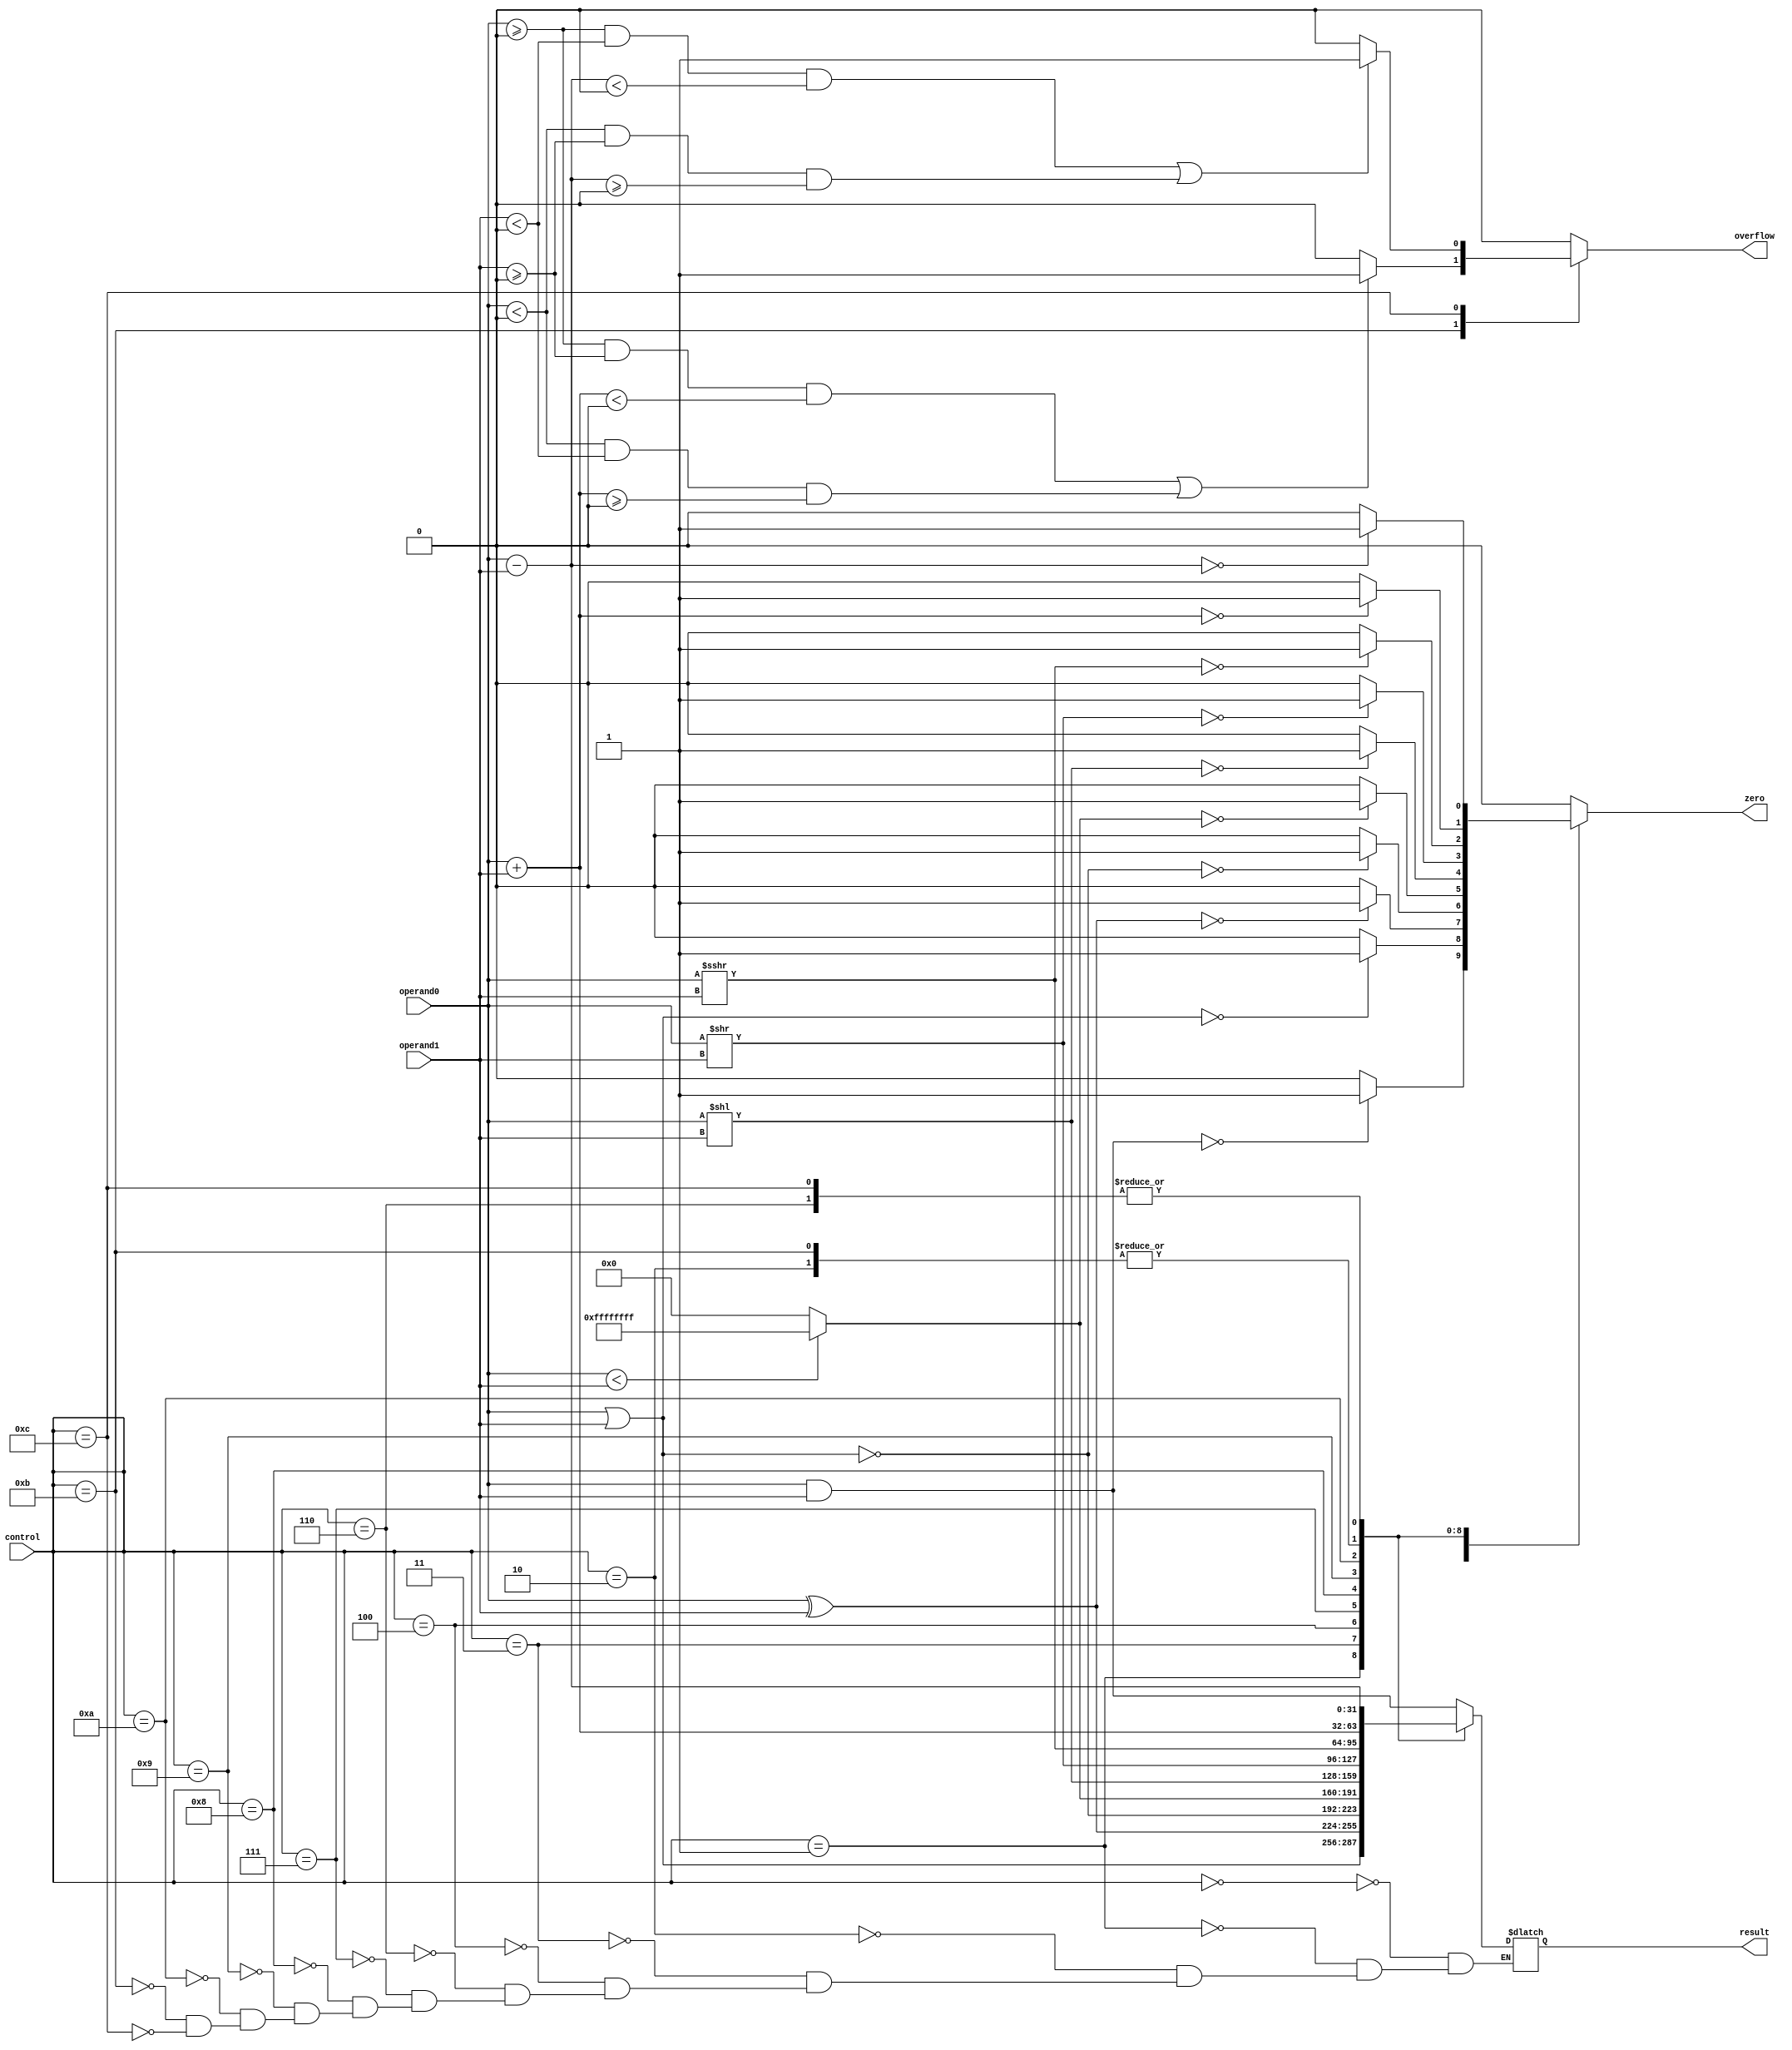
`timescale 1ns / 1ps
///////////////////////////////////////////////////////////////////////////////////////////////////////////////////////
// Company:			Pennsylvania State University
//					
//
// Design Name: 	ALU
// Module Name:     arithmetic_logic_unit
// Project Name:	Processor
// Target Devices: 	N/A
// Tool versions:	N/A
// Description:		Describes an ALU
//
// Dependencies:	N/A
//
// Revision:		N/A
//
//
// Additional Comments: N/A
//
///////////////////////////////////////////////////////////////////////////////////////////////////////////////////////

module arithmetic_logic_unit

(
    control,	//specifies the alu operation
    operand0, 	//first operand
    operand1, 	//second operand
    result, 	//alu result
	overflow,	//overflow flag (underflow as well)
    zero 		//zero flag
);

    //--------------------------
	// Parameters
	//--------------------------	
	
    //--------------------------
	// Input Ports
	//--------------------------
	// < Enter Input Ports  >
    input 		[3:0]	control;
	input 		[31:0] 	operand0; 
	input		[31:0]	operand1;
	
    //--------------------------
    // Output Ports
    //--------------------------
    // < Enter Output Ports  >	
    output 	[31:0] 	result; 
	output			overflow;
	output			zero;
	
    //--------------------------
    // Bidirectional Ports
    //--------------------------
    // < Enter Bidirectional Ports in Alphabetical Order >
    // None
      
    ///////////////////////////////////////////////////////////////////
    // Begin Design
    ///////////////////////////////////////////////////////////////////
    //-------------------------------------------------
    // Signal Declarations: local params
    //-------------------------------------------------
   
    //-------------------------------------------------
    // Signal Declarations: reg
    //------------------------------------------------- 
    reg [31:0]	result;
	reg 		overflow;
	reg 		zero;
	
    //-------------------------------------------------
    // Signal Declarations: wire
    //-------------------------------------------------
		
	//---------------------------------------------------------------
	// Instantiations
	//---------------------------------------------------------------
	// None

	//---------------------------------------------------------------
	// Combinatorial Logic
	//---------------------------------------------------------------
	always @(control)
	begin
	
		case (control)
			4'b0000 : // AND
				begin
					result 		= operand0 & operand1;
					overflow 	= 0;
					zero		= (result == 0) ? 1 : 0;
				end	
			4'b0001: // OR
				begin
					result 		= operand0 | operand1;
					overflow 	= 0;
					zero		= (result == 0) ? 1 : 0;
				end	
			4'b0010: // add
				begin
					result 		= operand0 + operand1;
					overflow 	= 0;
					zero		= (result == 0) ? 1 : 0;
				end
			4'b0011: // XOR
				begin
					result 		= operand0 ^ operand1;
					overflow 	= 0;
					zero		= (result == 0) ? 1 : 0;
				end
			4'b0100: // NOR
				begin
					result 		= ~(operand0 | operand1);
					overflow 	= 0;
					zero		= (result == 0) ? 1 : 0;
				end
			4'b0110: // Subtract
				begin
					result 		= operand0 - operand1;
					overflow 	= 0;
					zero		= (result == 0) ? 1 : 0;
				end
			4'b0111: // set on less than
				begin
					result 		= (operand0 < operand1) ? -1 : 0;
					overflow 	= 0;
					zero		= (result == 0) ? 1 : 0;
				end
			4'b1000: // shift left
				begin
					result 		= operand0 << operand1;
					overflow 	= 0;
					zero		= (result == 0) ? 1 : 0;
				end
			4'b1001: // shift right
				begin
					result 		= operand0 >> operand1;
					overflow 	= 0;
					zero		= (result == 0) ? 1 : 0;
				end
			4'b1010: // shift right arithmetic
				begin
					result 		= operand0 >>> operand1;
					overflow 	= 0;
					zero		= (result == 0) ? 1 : 0;
				end
			4'b1011: // Signed add
				begin
					result 		= operand0 + operand1;
					
					// See page 226 in Computer Organization and Design
					if ((operand0 >= 0 && operand1 >= 0 && result < 0) ||
						(operand0 < 0 && operand1 < 0 && result >= 0)) begin
						overflow = 1;
					end else begin
						overflow = 0;
					end
					
					zero		= (result == 0) ? 1 : 0;
					
					//$display("**********************zero=%d  add=%b    %d+%d", zero, result, operand0, operand1);
				end
			4'b1100: // Signed subtract
				begin
					result 		= operand0 - operand1;
					
					// See page 226 in Computer Organization and Design
					if ((operand0 >= 0 && operand1 < 0 && result < 0) ||
						(operand0 < 0 && operand1 >= 0 && result >= 0)) begin
						overflow = 1;
					end else begin
						overflow = 0;
					end
					
					zero		= (result == 0) ? 1 : 0;
					
					//$display("**********************zero=%d        subtract=%b    %d-%d", zero, result, operand0, operand1);
				end
			default:
				begin
					zero 		= 0;
					overflow 	= 0;
				end				
		endcase
		
	end

	
	//---------------------------------------------------------------
	// Sequential Logic
	//---------------------------------------------------------------
    
 endmodule